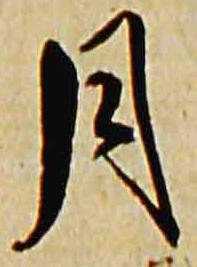
月